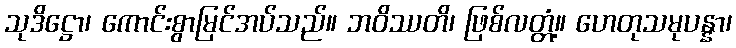
သုဒိဋ္ဌော၊ ကောင်းစွာမြင်အပ်သည်။ ဘဝိဿတိ၊ ဖြစ်လတ္တံ့။ ဟေတုသမုပန္နာ၊